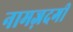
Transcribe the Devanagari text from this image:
नामज़दगी